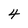
Character: 4